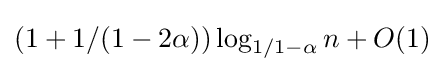
(1+1/(1-2\alpha ))\log _{1/1-\alpha }n+O(1)